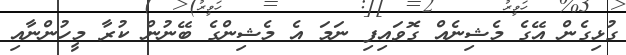
ގުޅިގެން އޭގެ މެޝިނެއް ގޮވައިފި ނަމަ އެ މެޝިންގެ ބޭނުން ކުރާ މީހުންނާއި